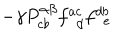
\hspace { 8 c m } - \gamma P _ { c b } ^ { \alpha \beta } f _ { ~ ~ d } ^ { a c } f _ { ~ ~ e } ^ { d b }